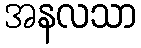
အနလသာ